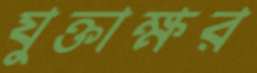
যুক্তাক্ষর